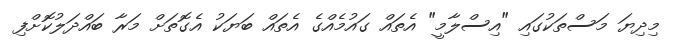
މިދިޔަ މަސްތަކުގައި "އިސްލާމީ" އެތައް ގައުމެއްގެ އެތައް ބަޔަކު އެގޮތަށް މަރާ ބައްދަލުކޮށްފި